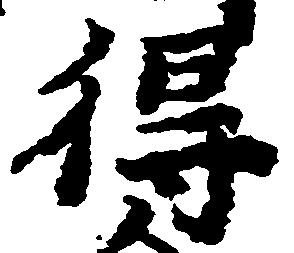
得